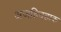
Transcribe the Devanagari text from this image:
अजहिदहाक